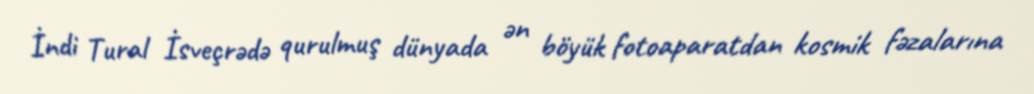
İndi Tural İsveçrədə qurulmuş dünyada ən böyük fotoaparatdan kosmik fəzalarına